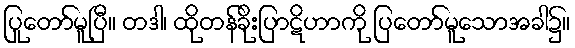
ပြုတော်မူပြီ။ တဒါ၊ ထိုတန်ခိုးပြာဋိဟာကို ပြတော်မူသောအခါ၌။